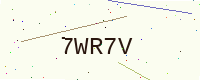
Text: 7WR7V